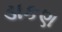
ડાકણ